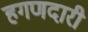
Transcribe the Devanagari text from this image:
हगणदारी